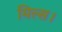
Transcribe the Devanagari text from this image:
मिल्स।